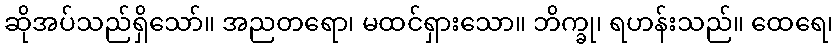
ဆိုအပ်သည်ရှိသော်။ အညတရော၊ မထင်ရှားသော။ ဘိက္ခု၊ ရဟန်းသည်။ ထေရေ၊